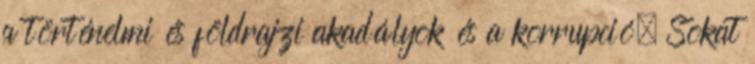
a történelmi és földrajzi akadályok és a korrupció. Sokat